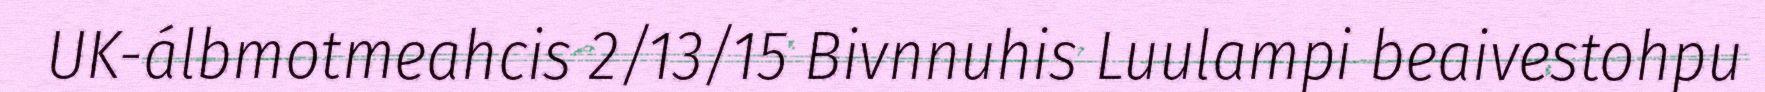
UK-álbmotmeahcis 2/13/15 Bivnnuhis Luulampi beaivestohpu